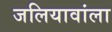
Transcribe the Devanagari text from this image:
जलियावांला